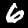
Digit: 6